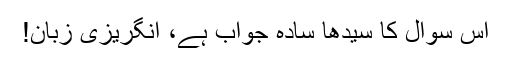
اس سوال کا سیدھا سادہ جواب ہے، انگریزی زبان!